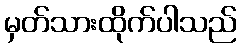
မှတ်သားထိုက်ပါသည်